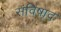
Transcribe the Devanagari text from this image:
संविषाद